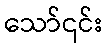
သော်၎င်း